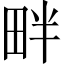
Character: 畔